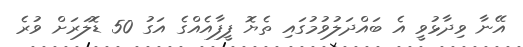
އޭނާ ވިދާޅުވީ އެ ބައްދަލުވުމުގައި ތެޔޮ ފީފާއެއްގެ އަގު 50 ޑޮލަރަށް ވުރެ